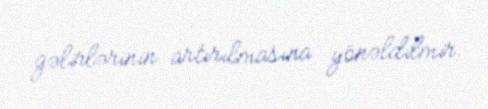
gəlirlərinin artırılmasına yönəldilmir.